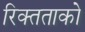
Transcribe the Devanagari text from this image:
रिक्तताको